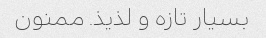
بسیار تازه و لذیذ. ممنون